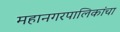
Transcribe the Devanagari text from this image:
महानगरपालिकांचा